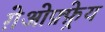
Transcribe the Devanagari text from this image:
ग़ेओफ़्फ़्रेय